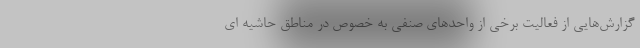
گزارش‌هایی از فعالیت برخی از واحدهای صنفی به خصوص در مناطق حاشیه ای